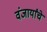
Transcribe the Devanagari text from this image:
वंजार्यांचे